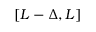
[ L - \Delta , L ]